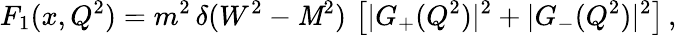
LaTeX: F_{1}(x,Q^{2})=m^{2}\, \delta(W^{2}-\mathit{M}^{2})\, \left[|G_{+}(Q^{2})|^{2}+|G_{-}(Q^{2})|^{2}\right]\, ,